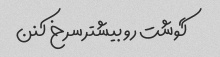
گوشت رو بیشتر سرخ کنن